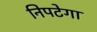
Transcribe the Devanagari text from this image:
निपटेगा